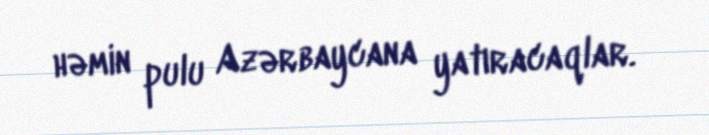
həmin pulu Azərbaycana yatıracaqlar.